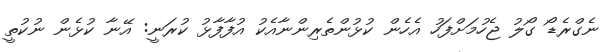
ނެގްރެޑޯ ގޯލު ޖެހުމަށްފަހު އެހެން ކުޅުންތެރިންނާއެކު އުފާފާޅު ކުރަނީ: އޭނާ ކުޅެން ނުކުތީ